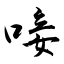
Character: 唼